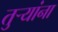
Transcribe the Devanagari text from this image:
तुऱ्यांना